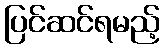
ပြင်ဆင်ရမည့်